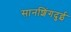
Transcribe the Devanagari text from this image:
सानशिंगदुई